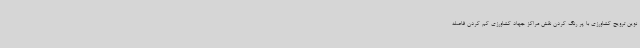
نوین ترویج کشاورزی با پر رنگ کردن نقش مراکز جهاد کشاورزی کم کردن فاصله